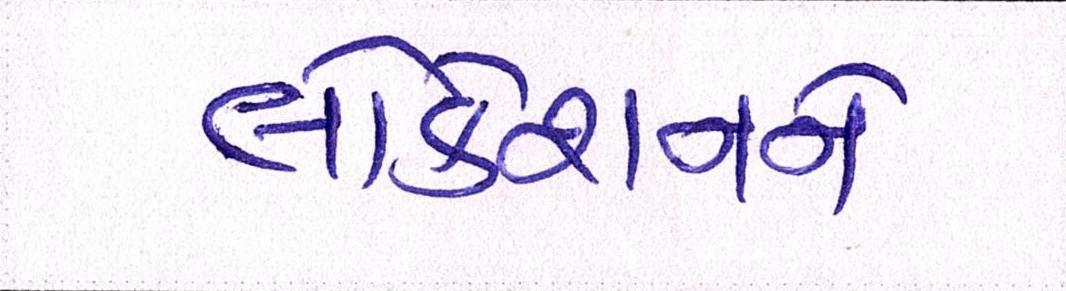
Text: લોકેશનને